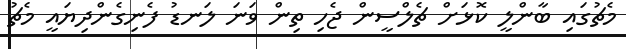
މެޗުގައި ބާންލީ ކޮޅަށް ޗެލްސީން ޖެހި ތިން ވަނަ ލަނޑު ފެނިގެންދިޔައީ މެޗު